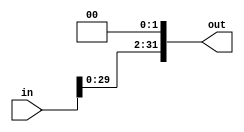
`timescale 1ns / 1ps
//////////////////////////////////////////////////////////////////////////////////
// Company: 
// Engineer: 
// 
// Design Name: 
// Module Name: shf_left_twice
// Project Name: 
// Target Devices: 
// Tool Versions: 
// Description: 
// 
// Dependencies: 
// 
// Revision:
// Revision 0.01 - File Created
// Additional Comments:
// 
//////////////////////////////////////////////////////////////////////////////////


module shf_left_twice#(parameter Data_width=32)(
    input [Data_width-1:0] in,
    output [Data_width-1:0] out
    );
    
    assign out=in<<2;
endmodule